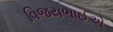
વિજયભાઈએ